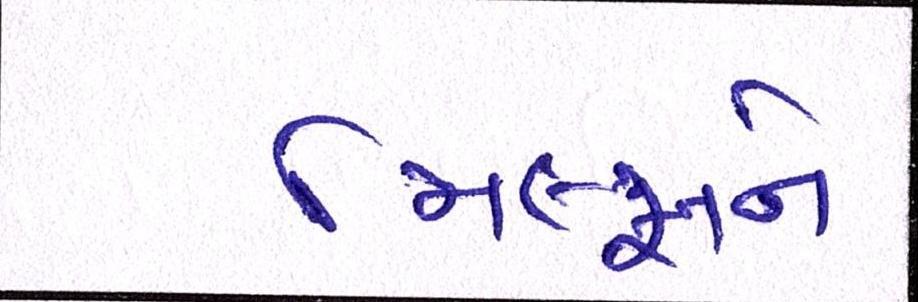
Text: મિલ્સને